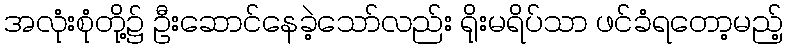
အလုံးစုံတို့၌ ဦးဆောင်နေခဲ့သော်လည်း ရိုးမရိပ်သာ ဖင်ခံရတော့မည့်